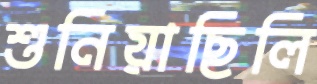
শুনিয়াছিলি